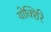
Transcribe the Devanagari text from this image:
योर्क्शिरे